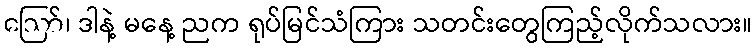
ဪ၊ ဒါနဲ့ မနေ့ ညက ရုပ်မြင်သံကြား သတင်းတွေကြည့်လိုက်သလား။